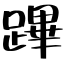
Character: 蹕